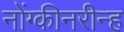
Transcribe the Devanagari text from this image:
नोंग्कीनरीन्ह